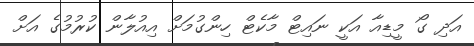
އަދި ގޯ މީޑިއާ އަކީ ނައިޓް މާކެޓް ހިންގުމަށް އިއުލާން ކުރުމުގެ އަށް